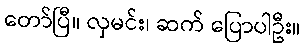
တော်ပြီ။ လှမင်း၊ ဆက် ပြောပါဦး။